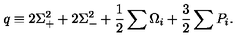
q \equiv 2 \Sigma _ { + } ^ { 2 } + 2 \Sigma _ { - } ^ { 2 } + \frac { 1 } { 2 } \sum \Omega _ { i } + \frac { 3 } { 2 } \sum P _ { i } .